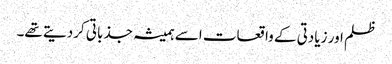
ظلم اور زیادتی کے واقعات اسے ہمیشہ جذباتی کردیتے تھے۔